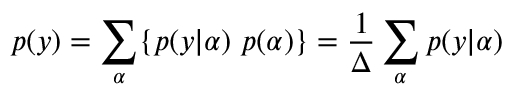
p ( y ) = \sum _ { \alpha } \{ p ( y | \alpha ) ~ p ( \alpha ) \} = \frac { 1 } { \Delta } \sum _ { \alpha } p ( y | \alpha )